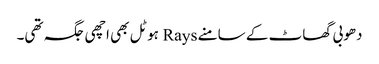
دھوبی گھاٹ کے سامنے Rays ہوٹل بھی اچھی جگہ تھی۔